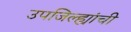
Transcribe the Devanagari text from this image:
उपजिल्ह्यांची